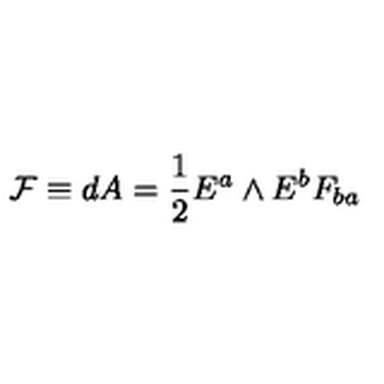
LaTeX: { \cal F } \equiv d A = { \frac { 1 } { 2 } } E ^ { a } \wedge E ^ { b } F _ { b a }